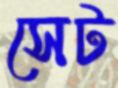
সেট